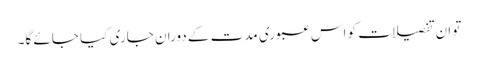
تو ان تفصیلات کو اس عبوری مدت کے دوران جاری کیا جائے گا۔